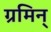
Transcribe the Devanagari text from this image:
ग्रमिन्